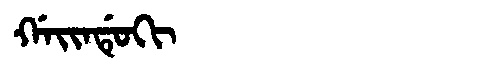
Manchu: ᡤᠠᡳᠨᡩᡠᡴᡳ
Romanization: GAINDUKI